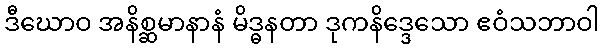
ဒီဃောဝ အနိစ္ဆမာနာနံ မိဒ္ဓနတာ ဒုကနိဒ္ဒေသော ဧဝံသဘာဝါ